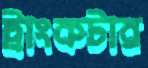
ট্রাংকটার